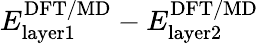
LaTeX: E_{\mathrm{{layer1}}}^{\mathrm{{DFT/MD}}}-E_{\mathrm{{layer2}}}^{\mathrm{{DFT/MD}}}